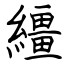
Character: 繮